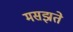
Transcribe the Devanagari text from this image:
मसझते